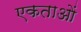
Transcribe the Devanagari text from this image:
एकताओं